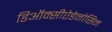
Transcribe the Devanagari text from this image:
डिऑक्सीऐडेनोसिन